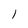
Character: l